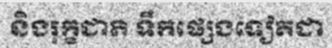
និងរុក្ខជាតិ ទឹកផ្សេងទៀតជា